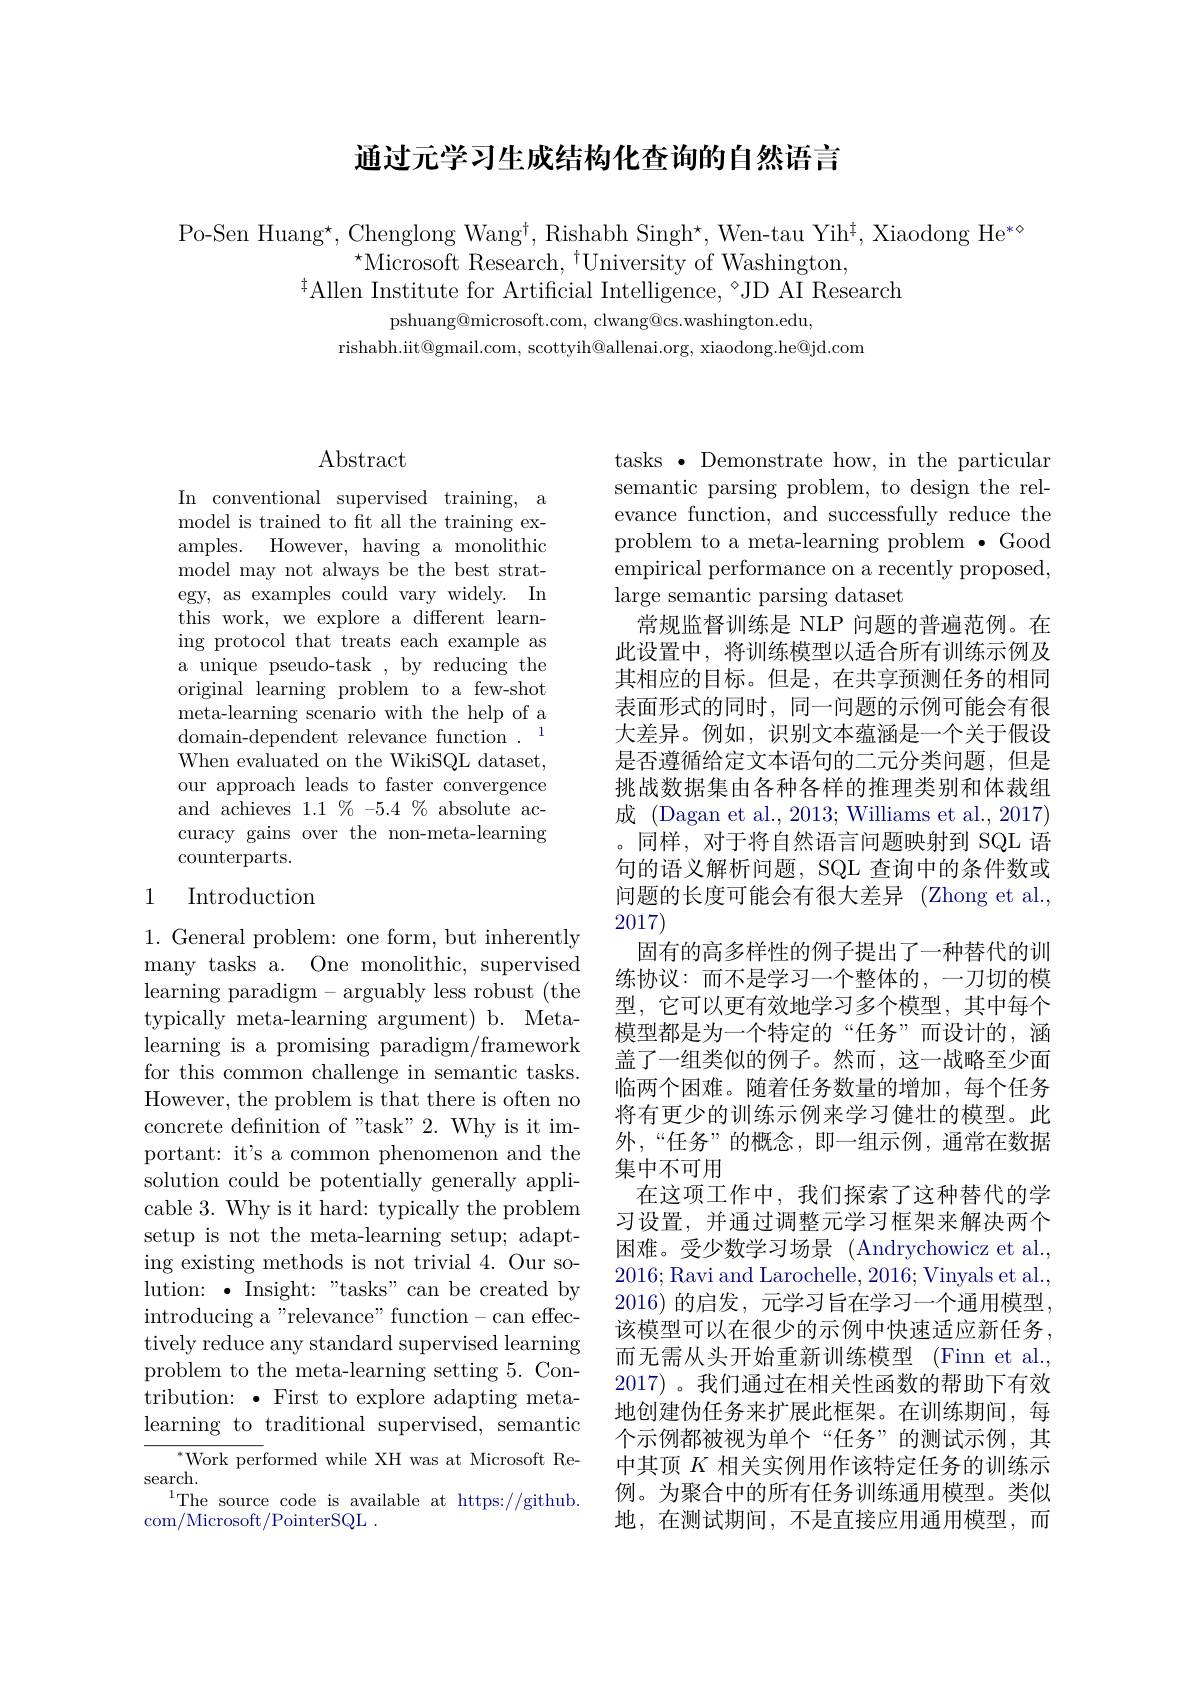
## 通过元学习生成结构化查询的自然语言

Po-Sen Huang*, Chenglong Wangt, Rishabh Singh*, Wen-tau Yih$^{\dagger}$, Xiaodong He*o
$^{\star}\bar{\mathrm{Microsoft~Research,~}}^{\dagger}$University of Washington,
$^{\ddagger}$Allen Institute for Artificial Intelligence,~"JD AI Research

pshuang@microsoft.com, clwang@cs.washington.edu,
rishabh.iit@gmail.com, scottyih@allenai.org, xiaodong.he@jd.com

# Abstract

In conventional supervised training, a model is trained to ft all the training examples. However, having a monolithic model may not always be the best strategy, as examples could vary widely. In this work, we explore a different learning protocol that treats each example as a unique pseudo-task , by reducing the original learning problem to a few-shot meta-learning scenario with the help of a domain-dependent relevance function .$^{1}$ When evaluated on the WikiSQL dataset, our approach leads to faster convergence and achieves $1.1\%-5.4\%$ absolute accuracy gains over the non-meta-learning counterparts.

## 1 Introduction

1. General problem: one form, but inherently many tasks a. One monolithic, supervised learning paradigm- arguably less robust (the typically meta-learning argument) b. Metalearning is a promising paradigm/framework for this common challenge in semantic tasks. However, the problem is that there is often no concrete definition of "task"2. Why is it important: it's a common phenomenon and the solution could be potentially generally applicable 3. Why is it hard: typically the problem setup is not the meta-learning setup; adapting existing methods is not trivial 4. Our solution: · Insight: "tasks" can be created by introducing a"relevance" function-can effectively reduce any standard supervised learning problem to the meta-learning setting 5. Contribution: · First to explore adapting metalearning to traditional supervised, semantic
$^*$Work performed while XH was at Microsoft Re-
search.
$^{1}$The source code is available at https://github.
com/Microsoft/PointerSQL .

问题的长度可能会有很大差异(Zhong et al.,
2017)

tasks·Demonstrate how, in the particular semantic parsing problem, to design the relevance function, and successfully reduce the problem to a meta-learning problem ·Good empirical performance on a recently proposed, large semantic parsing dataset
常规监督训练是 NLP 问题的普遍范例。在此设置中，将训练模型以适合所有训练示例及其相应的目标。但是，在共享预测任务的相同表面形式的同时，同一问题的示例可能会有很大差异。例如，识别文本蕴涵是一个关于假设是否遵循给定文本语句的二元分类问题，但是挑战数据集由各种各样的推理类别和体裁组成 (Dagan et al., 2013; Williams et al., 2017) 。同样，对于将自然语言问题映射到 SQL 语句的语义解析问题，SQL 查询中的条件数或固有的高多样性的例子提出了一种替代的训练协议：而不是学习一个整体的，一刀切的模型，它可以更有效地学习多个模型，其中每个模型都是为一个特定的“任务”而设计的，涵盖了一组类似的例子。然而，这一战略至少面临两个困难。随着任务数量的增加，每个任务将有更少的训练示例来学习健壮的模型。此外，“任务”的概念，即一组示例，通常在数据集中不可用
在这项工作中，我们探索了这种替代的学习设置，并通过调整元学习框架来解决两个困难。受少数学习场景 (Andrychowicz et al. 2016;Ravi and Larochelle, 2016; Vinyals et al., 2016)的启发，元学习旨在学习一个通用模型， 该模型可以在很少的示例中快速适应新任务， 而无需从头开始重新训练模型 (Finn et al., 2017)。我们通过在相关性函数的帮助下有效地创建伪任务来扩展此框架。在训练期间，每个示例都被视为单个“任务”的测试示例，其中其顶$K$相关实例用作该特定任务的训练示例。为聚合中的所有任务训练通用模型。类似地，在测试期间，不是直接应用通用模型，而